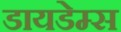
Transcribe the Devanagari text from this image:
डायडेम्स